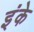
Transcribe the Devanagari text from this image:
इंके